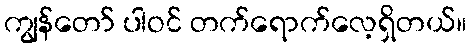
ကျွန်တော် ပါဝင် တက်ရောက်လေ့ရှိတယ်။